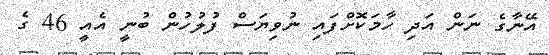
އޭނާގެ ނަން އަދި ހާމަކޮށްފައި ނުވިޔަސް ފުލުހުން ބުނީ އެއީ 46 ގެ